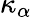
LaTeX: \kappa_{\alpha}